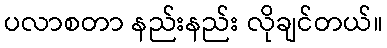
ပလာစတာ နည်းနည်း လိုချင်တယ်။